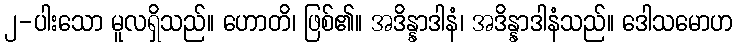
၂-ပါးသော မူလရှိသည်။ ဟောတိ၊ ဖြစ်၏။ အဒိန္နာဒါနံ၊ အဒိန္နာဒါနံသည်။ ဒေါသမောဟ